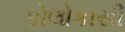
કોલોકાસી